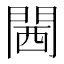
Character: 閪